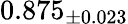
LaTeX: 0.875_{\pm 0.023}